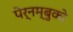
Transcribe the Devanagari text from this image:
पेर्नम्बुको